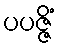
ပပဇ္ဇိံ